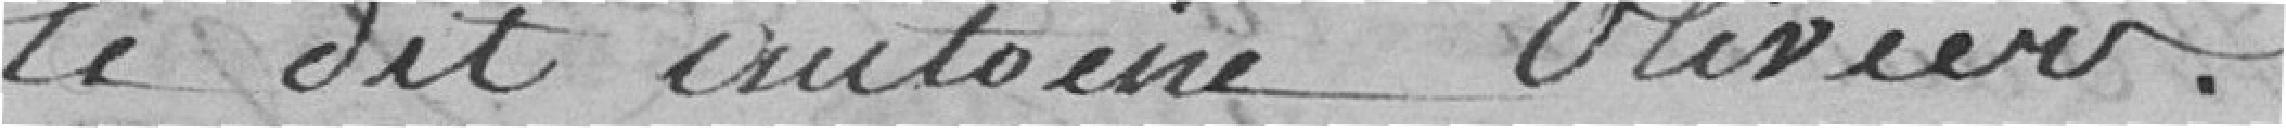
le dit Antoine Olivier.